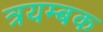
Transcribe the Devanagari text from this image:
त्रयम्बक